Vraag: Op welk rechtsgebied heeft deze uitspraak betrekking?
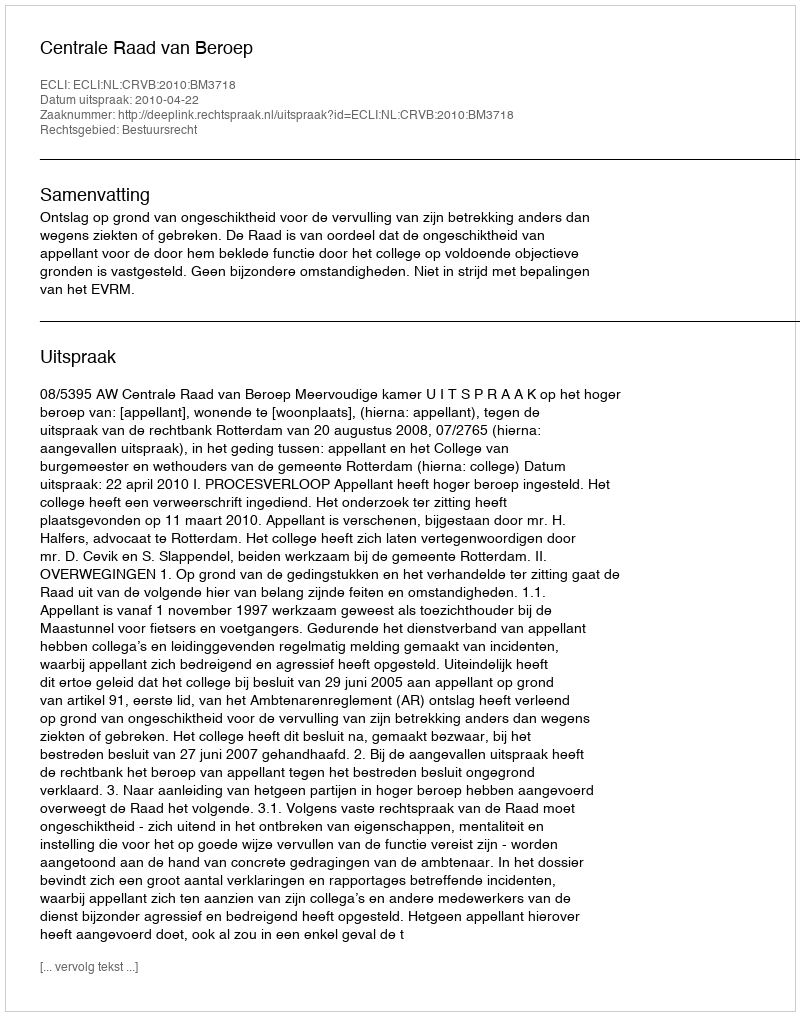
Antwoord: Bestuursrecht